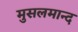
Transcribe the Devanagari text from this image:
मुसलमान्द